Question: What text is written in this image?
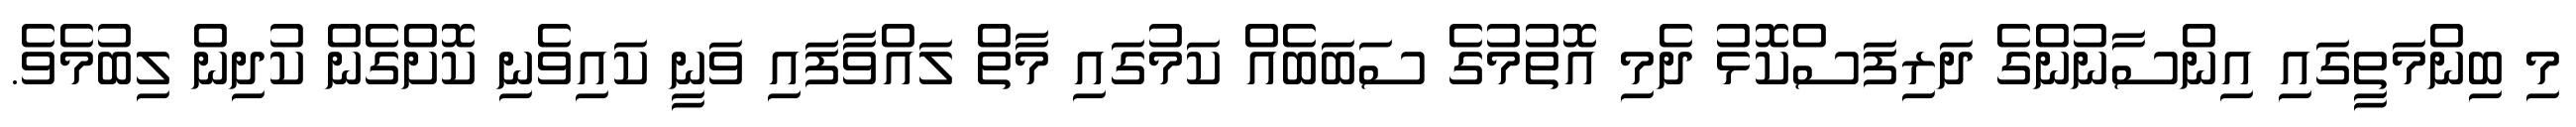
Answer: މި ބިންމަތީގައި އިންސާނުންގެ ދަރިފަސްކޮޅު ދެމި އޮތުމުގެ ސަބަބެއް ކަމުގައި މާތް ލައްވާފައި ވަނީ ކައިވެނި ކޮށްގެން ކުދިން ލިބުމެވެ.